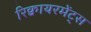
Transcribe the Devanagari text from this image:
रिक्वायरमेंट्स